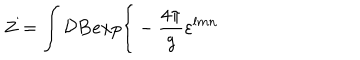
Z = \int { \cal D } { \bf B } e x p \bigg \{ - { \frac { 4 \pi } { g } } \varepsilon ^ { l m n }